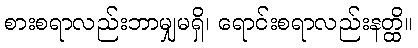
စားစရာလည်းဘာမျှမရှိ၊ ရောင်းစရာလည်းနတ္ထိ။